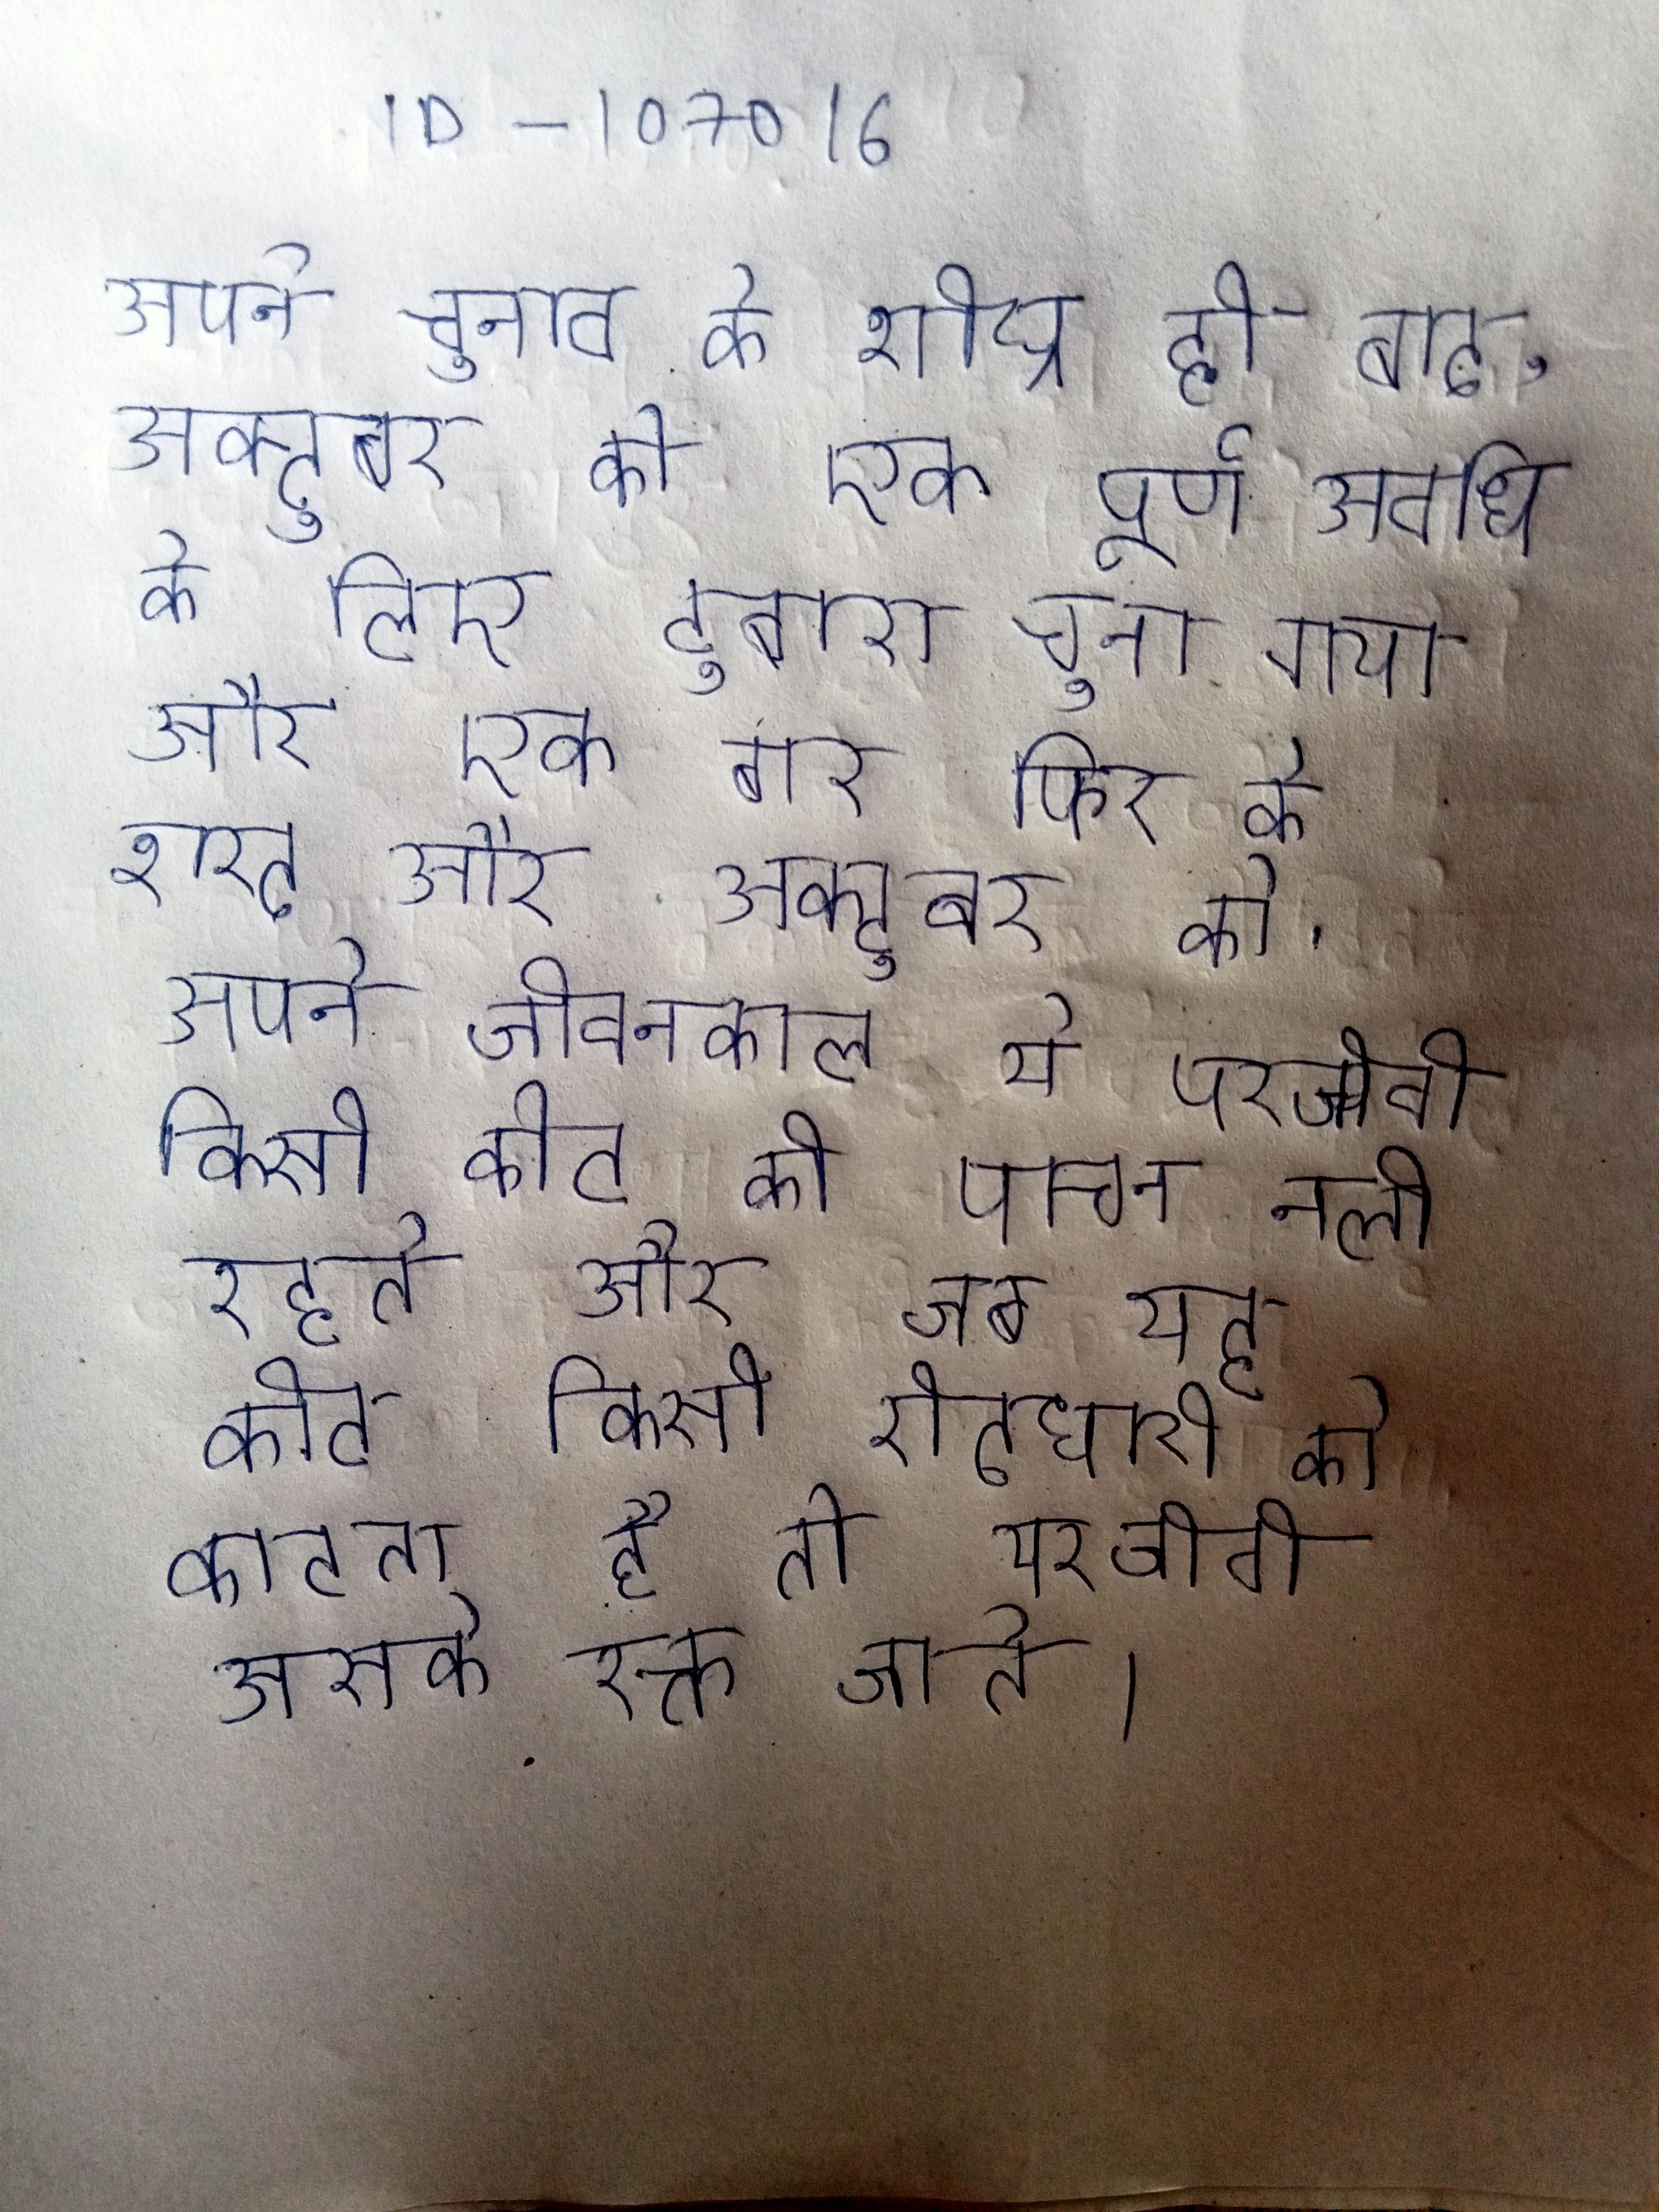
अपने चुनाव के शीघ्र ही बाद, अक्टूबर को एक पूर्ण अवधि के लिए दुबारा चुना गया और एक बार फिर के शरद और अक्टूबर को . अपने जीवनकाल ये परजीवी किसी कीट की पाचन नली रहते और जब यह कीट किसी रीढधारी को काटता है तो परजीवी उसके रक्त जाते ।